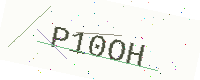
Text: P10OH